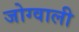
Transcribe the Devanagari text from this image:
जोग्वाली